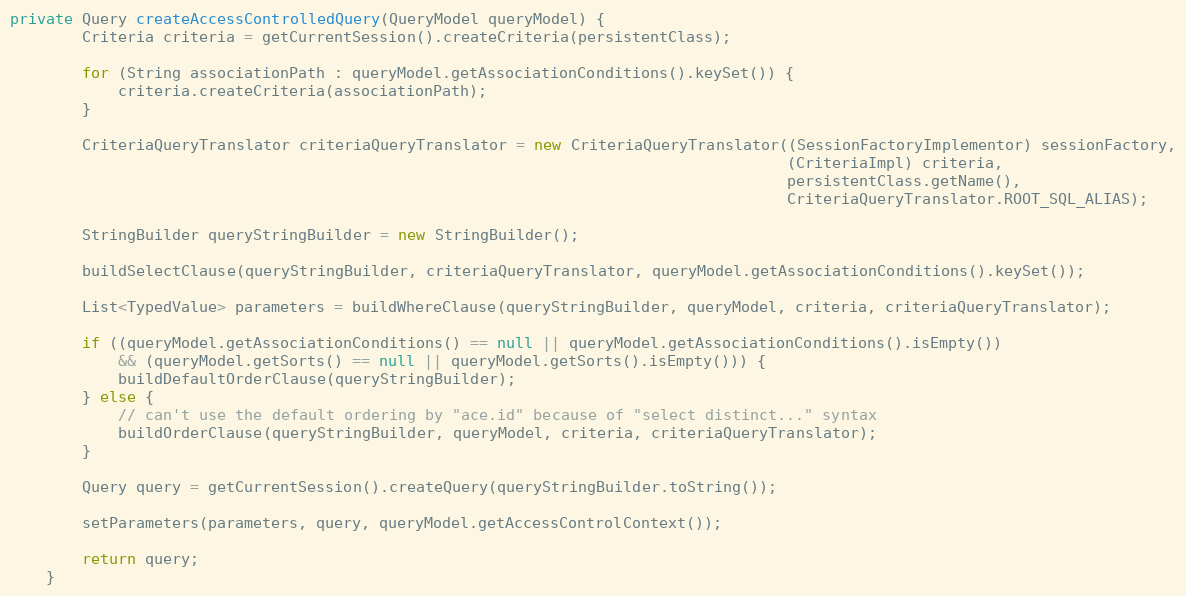
Language: Java
private Query createAccessControlledQuery(QueryModel queryModel) {
        Criteria criteria = getCurrentSession().createCriteria(persistentClass);

        for (String associationPath : queryModel.getAssociationConditions().keySet()) {
            criteria.createCriteria(associationPath);
        }

        CriteriaQueryTranslator criteriaQueryTranslator = new CriteriaQueryTranslator((SessionFactoryImplementor) sessionFactory,
                                                                                      (CriteriaImpl) criteria,
                                                                                      persistentClass.getName(),
                                                                                      CriteriaQueryTranslator.ROOT_SQL_ALIAS);

        StringBuilder queryStringBuilder = new StringBuilder();

        buildSelectClause(queryStringBuilder, criteriaQueryTranslator, queryModel.getAssociationConditions().keySet());

        List<TypedValue> parameters = buildWhereClause(queryStringBuilder, queryModel, criteria, criteriaQueryTranslator);

        if ((queryModel.getAssociationConditions() == null || queryModel.getAssociationConditions().isEmpty())
            && (queryModel.getSorts() == null || queryModel.getSorts().isEmpty())) {
            buildDefaultOrderClause(queryStringBuilder);
        } else {
            // can't use the default ordering by "ace.id" because of "select distinct..." syntax
            buildOrderClause(queryStringBuilder, queryModel, criteria, criteriaQueryTranslator);
        }

        Query query = getCurrentSession().createQuery(queryStringBuilder.toString());

        setParameters(parameters, query, queryModel.getAccessControlContext());

        return query;
    }